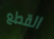
القطع